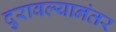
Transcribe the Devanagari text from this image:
दुरावल्यानंतर